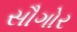
સૌગોર